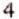
4